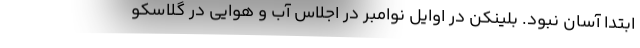
ابتدا آسان نبود. بلینکن در اوایل نوامبر در اجلاس آب و هوایی در گلاسکو